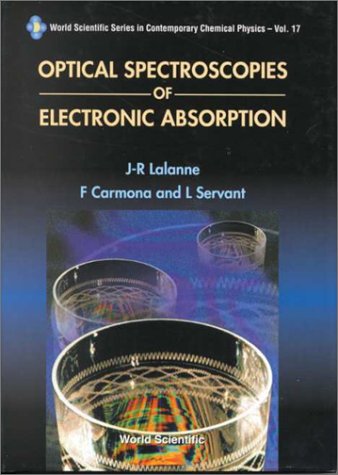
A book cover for Optical Spectroscopies of Electronic Absorption (World Scientific Series in Contemporary Chemical Physics, 17); J-R Lalanne; Science & Math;